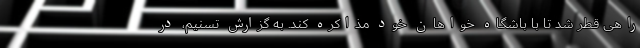
راهی قطر شد تا با باشگاه خواهان خود مذاکره کند. به گزارش تسنیم، در